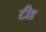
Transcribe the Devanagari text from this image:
टीड